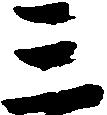
三